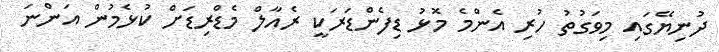
ދުނިޔޭގައި މިވަގުތު ހުރި އެންމެ މޮޅު ޑިފެންޑަރަކީ ރެއާލް މެޑްރިޑަށް ކުޅެމުން އަންނަ